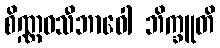
စိဏ္ဏဝသီဘာဝေါ ဘိက္ခူတိ